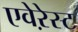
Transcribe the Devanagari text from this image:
एवेऱेस्ट